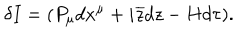
\delta I = ( P _ { \mu } d x ^ { \mu } + i \overline { { { z } } } d z - H d \tau ) .